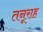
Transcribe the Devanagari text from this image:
तनूराह